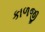
કાળજી